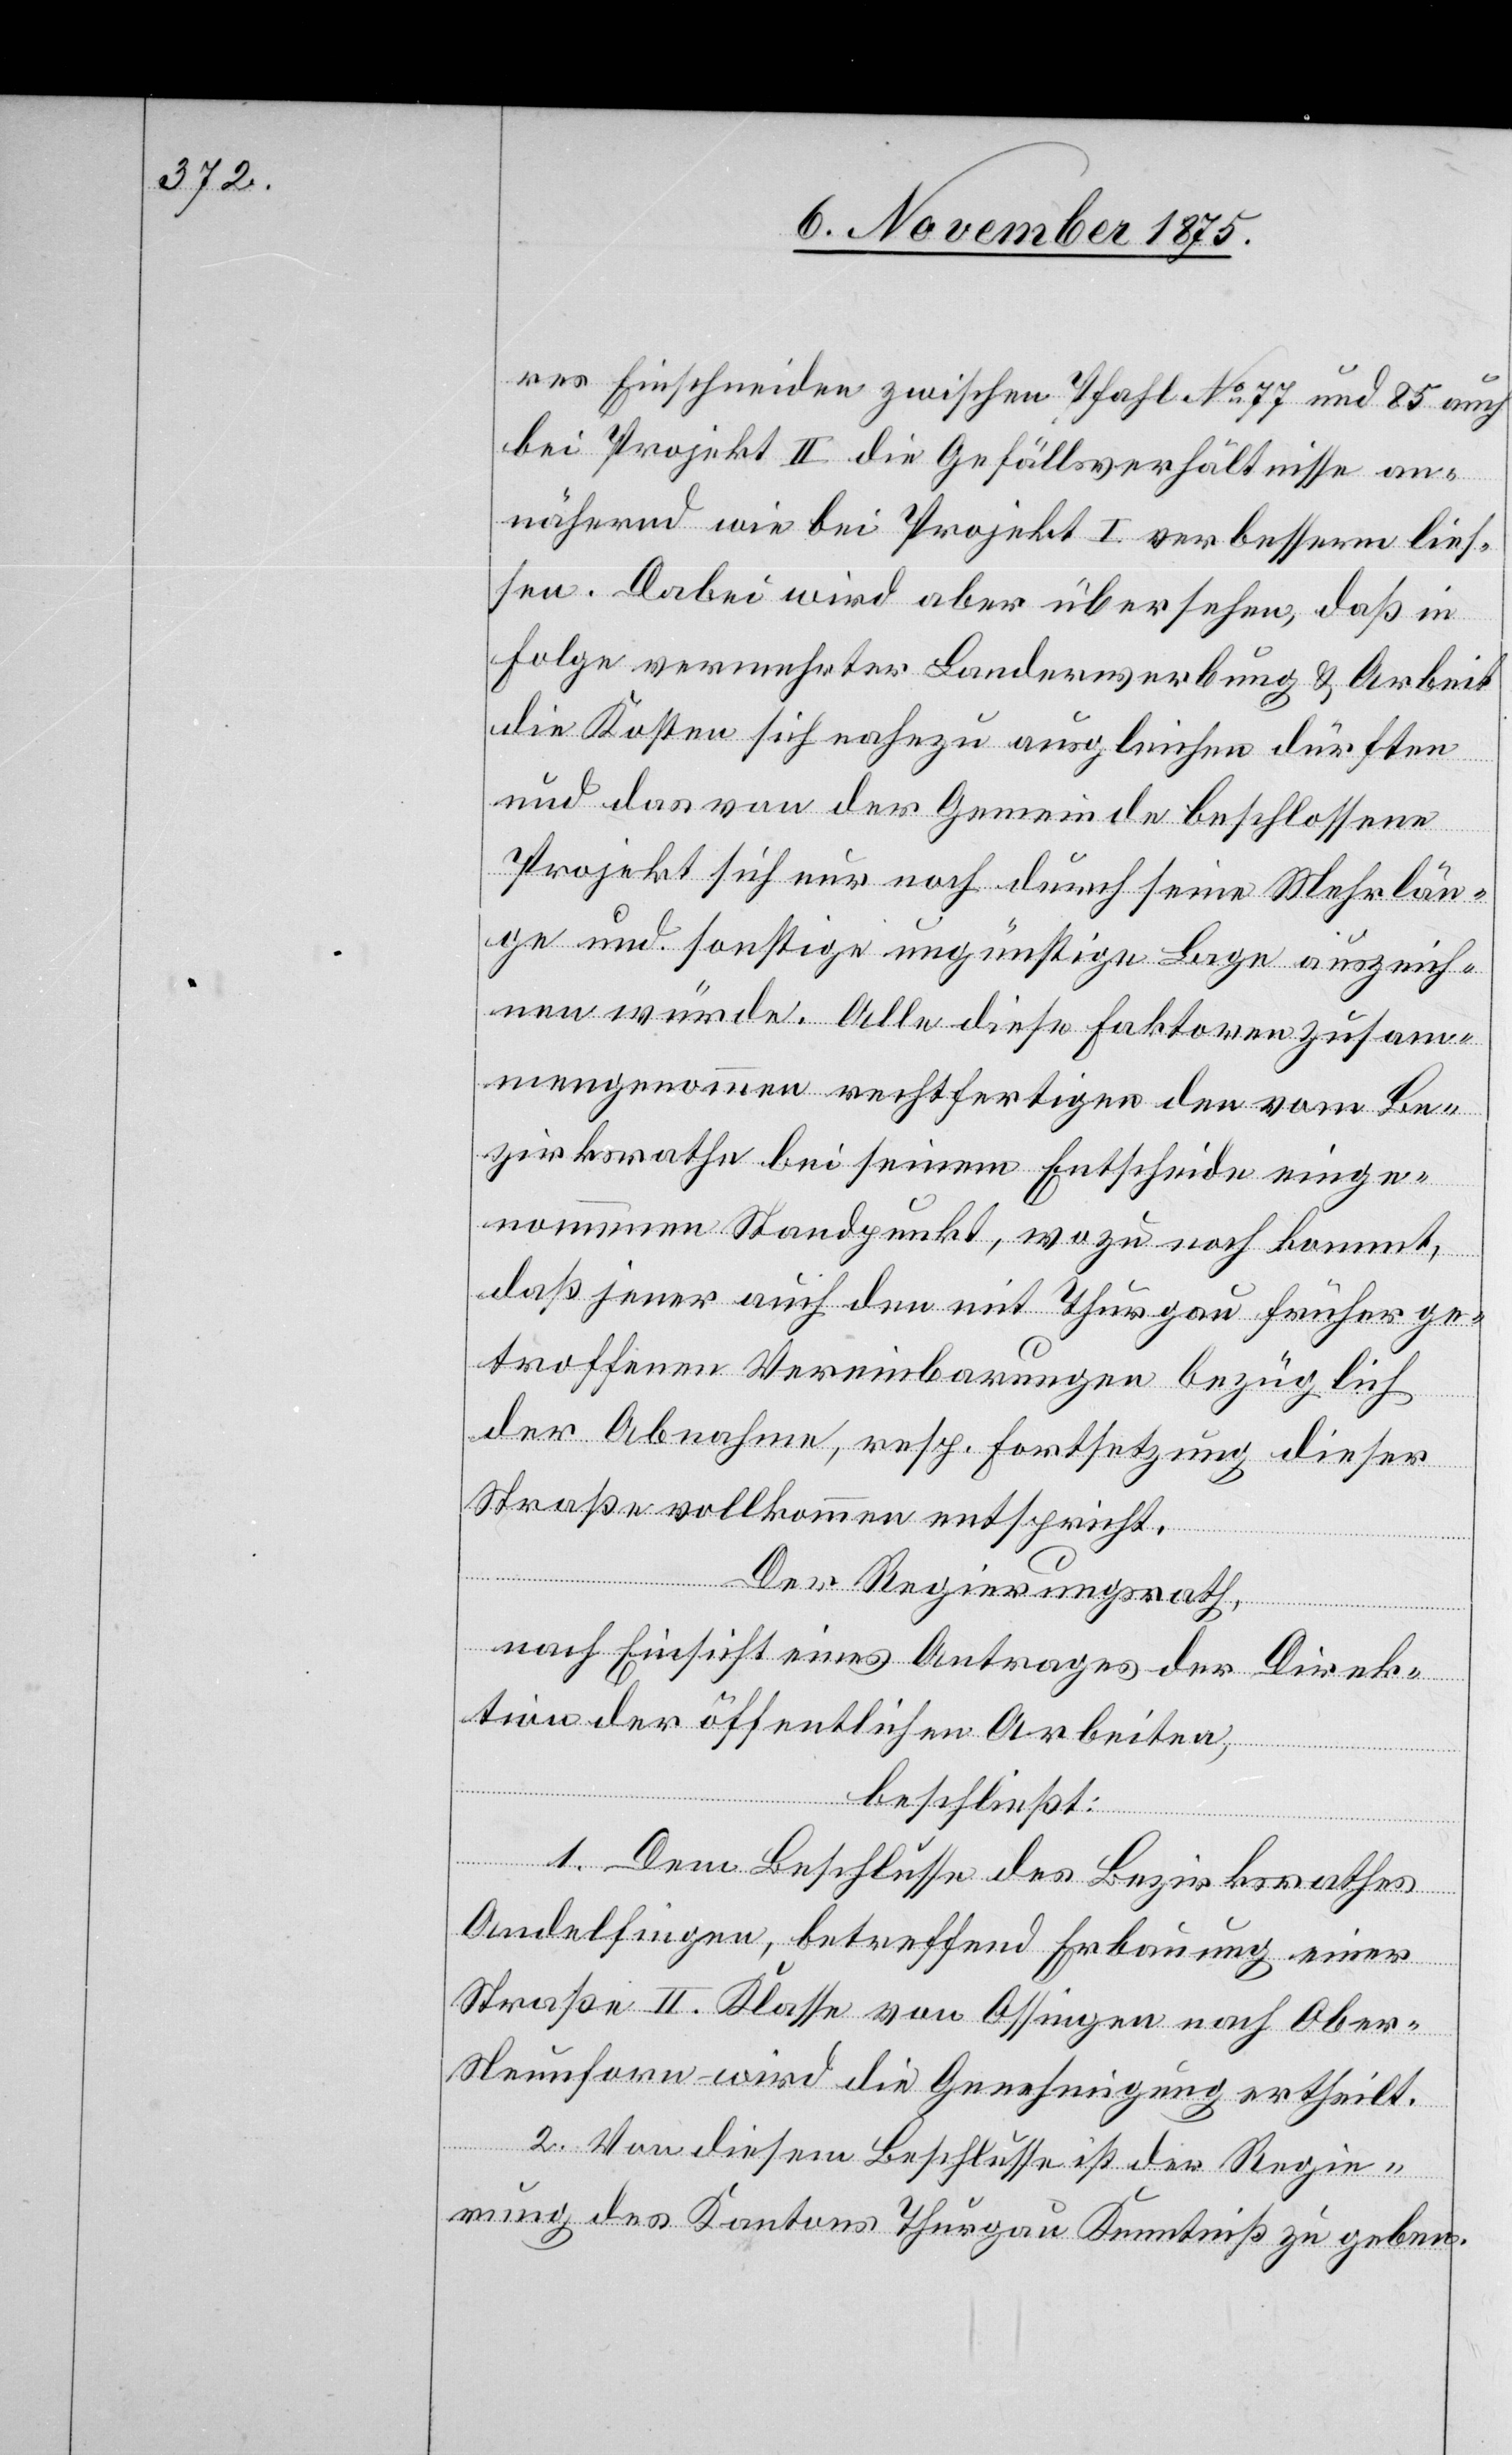
res Einschneiden zwischen Pfahl No 77 und 85 auch
bei Projekt II die Gefällsverhältnisse an¬
nähernd wie bei Projekt I verbessern lies¬
sen. Dabei wird aber übersehen, daß in
Folge vermehrter Landerwerbung & Arbeit
die Kosten sich nahezu ausgleichen dürften
und das von der Gemeinde beschlossene
Projekt sich nur noch durch seine Mehrlän¬
ge und sonstige ungünstige Lage auszeich¬
nen würde. Alle diese Faktoren zusam¬
mengenommen rechtfertigen den vom Be¬
zirksrathe bei seinem Entscheide einge¬
nommenen Standpunkt, wozu noch kommt,
daß jener auch den mit Thurgau früher ge¬
troffenen Vereinbarungen bezüglich
der Abnahme, resp. Fortsetzung dieser
Straße vollkommen entspricht.
Der Regierungsrath,
nach Einsicht eines Antrages der Direk¬
tion der öffentlichen Arbeiten,
beschließt:
1. Dem Beschlusse des Bezirksrathes
Andelfingen, betreffend Erbauung einer
Straße II. Klasse von Ossingen nach Ober-N¬
eunforn wird die Genehmigung ertheilt.
2. Von diesem Beschlusse ist der Regie¬
rung des Kantons Thurgau Kenntniß zu geben.